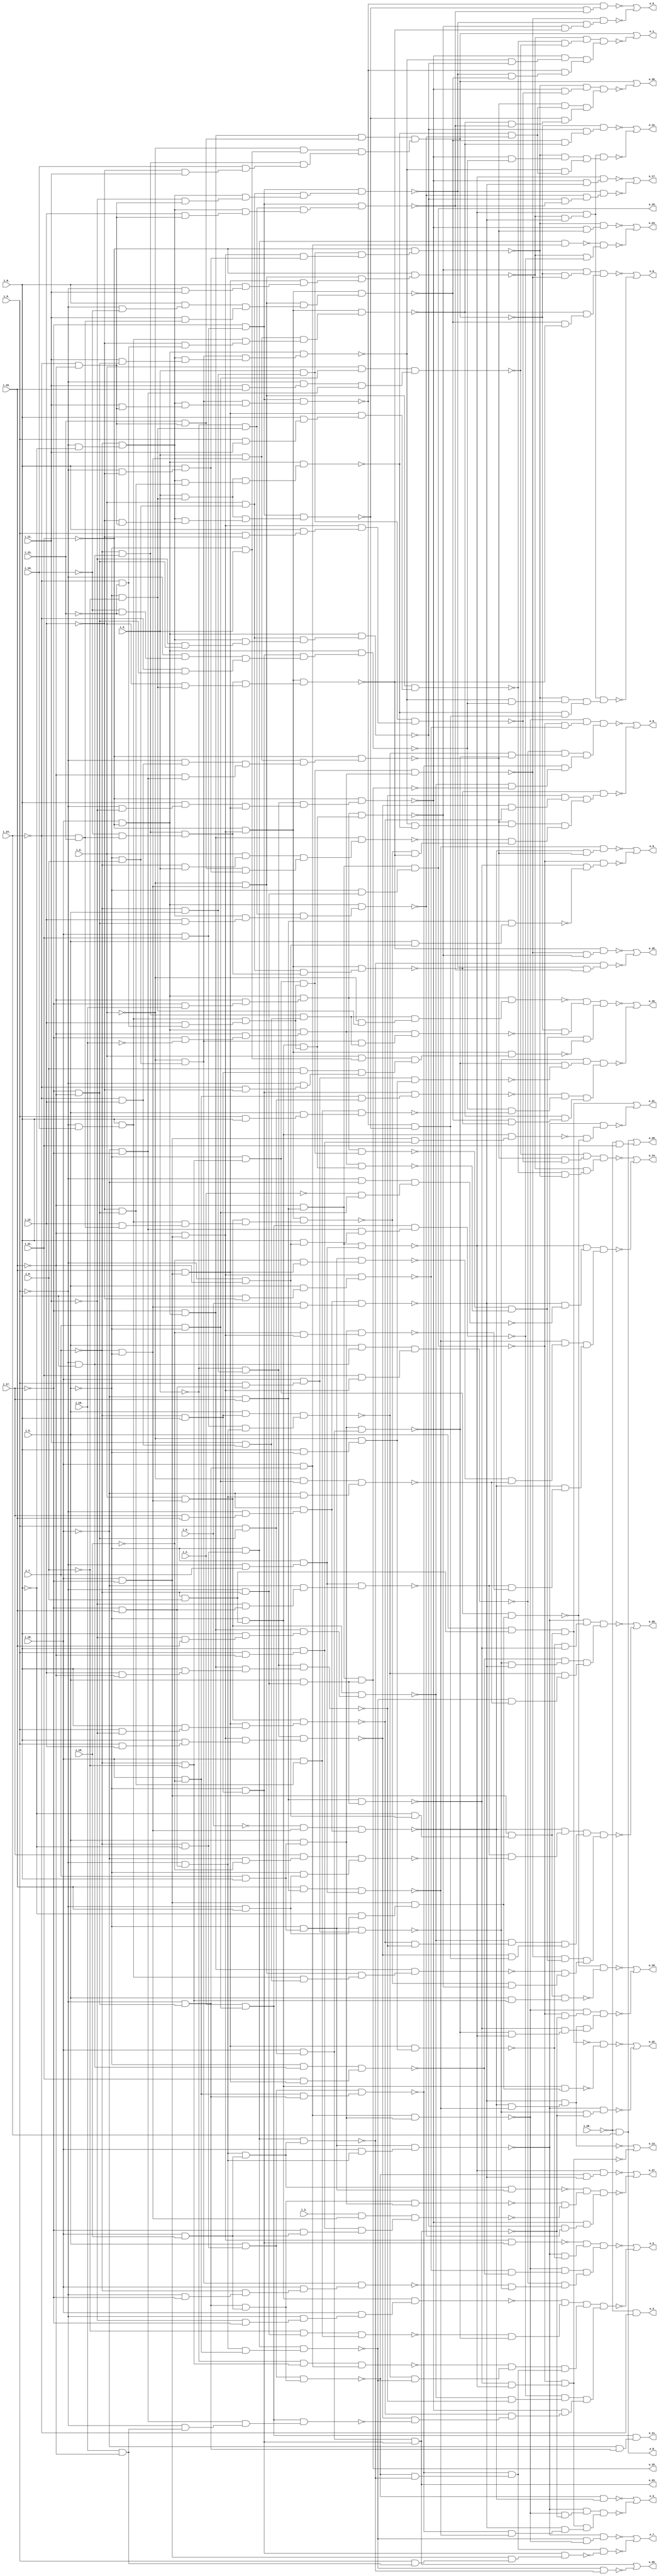
module top ( 
    i_20_, i_9_, i_10_, i_7_, i_8_, i_5_, i_6_, i_14_, i_3_, i_13_, i_4_,
    i_12_, i_1_, i_11_, i_2_, i_18_, i_17_, i_0_, i_21_, i_16_, i_15_,
    i_19_,
    o_1_, o_19_, o_2_, o_0_, o_25_, o_12_, o_26_, o_11_, o_27_, o_14_,
    o_28_, o_13_, o_21_, o_16_, o_22_, o_15_, o_23_, o_18_, o_24_, o_17_,
    o_20_, o_10_, o_9_, o_7_, o_8_, o_5_, o_6_, o_3_, o_4_  );
  input  i_20_, i_9_, i_10_, i_7_, i_8_, i_5_, i_6_, i_14_, i_3_, i_13_,
    i_4_, i_12_, i_1_, i_11_, i_2_, i_18_, i_17_, i_0_, i_21_, i_16_,
    i_15_, i_19_;
  output o_1_, o_19_, o_2_, o_0_, o_25_, o_12_, o_26_, o_11_, o_27_, o_14_,
    o_28_, o_13_, o_21_, o_16_, o_22_, o_15_, o_23_, o_18_, o_24_, o_17_,
    o_20_, o_10_, o_9_, o_7_, o_8_, o_5_, o_6_, o_3_, o_4_;
  wire new_n52_, new_n53_, new_n54_, new_n55_, new_n56_, new_n57_, new_n58_,
    new_n59_, new_n60_, new_n61_, new_n62_, new_n63_, new_n64_, new_n65_,
    new_n66_, new_n67_, new_n68_, new_n69_, new_n70_, new_n71_, new_n72_,
    new_n73_, new_n74_, new_n75_, new_n76_, new_n77_, new_n78_, new_n79_,
    new_n80_, new_n81_, new_n82_, new_n83_, new_n84_, new_n85_, new_n86_,
    new_n87_, new_n88_, new_n89_, new_n90_, new_n91_, new_n92_, new_n93_,
    new_n94_, new_n95_, new_n96_, new_n97_, new_n98_, new_n99_, new_n100_,
    new_n101_, new_n102_, new_n103_, new_n104_, new_n105_, new_n106_,
    new_n107_, new_n108_, new_n109_, new_n110_, new_n111_, new_n112_,
    new_n113_, new_n114_, new_n115_, new_n116_, new_n117_, new_n118_,
    new_n119_, new_n120_, new_n121_, new_n122_, new_n123_, new_n124_,
    new_n125_, new_n126_, new_n127_, new_n128_, new_n129_, new_n130_,
    new_n131_, new_n132_, new_n133_, new_n135_, new_n136_, new_n137_,
    new_n138_, new_n140_, new_n141_, new_n142_, new_n143_, new_n144_,
    new_n145_, new_n146_, new_n147_, new_n148_, new_n149_, new_n150_,
    new_n151_, new_n152_, new_n153_, new_n154_, new_n155_, new_n156_,
    new_n157_, new_n158_, new_n159_, new_n160_, new_n161_, new_n162_,
    new_n163_, new_n164_, new_n165_, new_n166_, new_n167_, new_n168_,
    new_n169_, new_n170_, new_n171_, new_n172_, new_n173_, new_n174_,
    new_n175_, new_n176_, new_n177_, new_n178_, new_n179_, new_n180_,
    new_n181_, new_n182_, new_n183_, new_n184_, new_n185_, new_n186_,
    new_n187_, new_n188_, new_n189_, new_n190_, new_n191_, new_n192_,
    new_n193_, new_n194_, new_n195_, new_n196_, new_n197_, new_n198_,
    new_n199_, new_n200_, new_n201_, new_n202_, new_n203_, new_n204_,
    new_n205_, new_n206_, new_n207_, new_n208_, new_n209_, new_n210_,
    new_n211_, new_n212_, new_n213_, new_n214_, new_n215_, new_n216_,
    new_n217_, new_n218_, new_n219_, new_n220_, new_n221_, new_n222_,
    new_n223_, new_n224_, new_n225_, new_n226_, new_n227_, new_n228_,
    new_n229_, new_n230_, new_n231_, new_n232_, new_n233_, new_n234_,
    new_n235_, new_n236_, new_n237_, new_n238_, new_n239_, new_n240_,
    new_n241_, new_n242_, new_n243_, new_n244_, new_n245_, new_n246_,
    new_n247_, new_n248_, new_n249_, new_n250_, new_n251_, new_n252_,
    new_n254_, new_n255_, new_n256_, new_n257_, new_n258_, new_n259_,
    new_n260_, new_n261_, new_n262_, new_n263_, new_n264_, new_n265_,
    new_n266_, new_n267_, new_n268_, new_n269_, new_n270_, new_n271_,
    new_n272_, new_n273_, new_n274_, new_n275_, new_n276_, new_n277_,
    new_n280_, new_n282_, new_n283_, new_n284_, new_n285_, new_n286_,
    new_n287_, new_n288_, new_n289_, new_n290_, new_n291_, new_n292_,
    new_n293_, new_n294_, new_n295_, new_n296_, new_n297_, new_n298_,
    new_n299_, new_n300_, new_n301_, new_n302_, new_n303_, new_n304_,
    new_n305_, new_n306_, new_n307_, new_n308_, new_n309_, new_n310_,
    new_n311_, new_n312_, new_n313_, new_n314_, new_n315_, new_n316_,
    new_n317_, new_n318_, new_n319_, new_n320_, new_n321_, new_n322_,
    new_n323_, new_n324_, new_n327_, new_n329_, new_n331_, new_n332_,
    new_n333_, new_n334_, new_n335_, new_n336_, new_n337_, new_n338_,
    new_n339_, new_n340_, new_n341_, new_n342_, new_n343_, new_n344_,
    new_n345_, new_n347_, new_n348_, new_n349_, new_n350_, new_n351_,
    new_n352_, new_n353_, new_n354_, new_n355_, new_n356_, new_n357_,
    new_n358_, new_n359_, new_n360_, new_n361_, new_n362_, new_n363_,
    new_n364_, new_n365_, new_n366_, new_n367_, new_n368_, new_n369_,
    new_n370_, new_n371_, new_n372_, new_n373_, new_n374_, new_n375_,
    new_n376_, new_n378_, new_n379_, new_n380_, new_n381_, new_n382_,
    new_n383_, new_n384_, new_n385_, new_n386_, new_n387_, new_n388_,
    new_n389_, new_n390_, new_n391_, new_n392_, new_n393_, new_n394_,
    new_n395_, new_n396_, new_n397_, new_n398_, new_n399_, new_n400_,
    new_n401_, new_n402_, new_n403_, new_n404_, new_n405_, new_n406_,
    new_n407_, new_n408_, new_n409_, new_n410_, new_n411_, new_n412_,
    new_n413_, new_n414_, new_n415_, new_n416_, new_n417_, new_n418_,
    new_n419_, new_n420_, new_n421_, new_n422_, new_n423_, new_n424_,
    new_n425_, new_n426_, new_n427_, new_n428_, new_n429_, new_n430_,
    new_n431_, new_n433_, new_n434_, new_n435_, new_n436_, new_n438_,
    new_n439_, new_n440_, new_n441_, new_n442_, new_n443_, new_n444_,
    new_n445_, new_n446_, new_n447_, new_n448_, new_n450_, new_n451_,
    new_n452_, new_n453_, new_n454_, new_n455_, new_n456_, new_n457_,
    new_n458_, new_n459_, new_n460_, new_n461_, new_n462_, new_n463_,
    new_n464_, new_n465_, new_n466_, new_n467_, new_n468_, new_n469_,
    new_n470_, new_n471_, new_n472_, new_n473_, new_n474_, new_n475_,
    new_n476_, new_n477_, new_n478_, new_n479_, new_n480_, new_n481_,
    new_n482_, new_n483_, new_n484_, new_n486_, new_n487_, new_n488_,
    new_n489_, new_n492_, new_n493_, new_n494_, new_n495_, new_n496_,
    new_n497_, new_n498_, new_n499_, new_n500_, new_n501_, new_n502_,
    new_n504_, new_n505_, new_n506_, new_n507_, new_n508_, new_n510_,
    new_n511_, new_n512_, new_n513_, new_n514_, new_n516_, new_n517_,
    new_n518_, new_n519_, new_n520_, new_n521_, new_n522_, new_n524_,
    new_n525_, new_n526_, new_n527_, new_n528_, new_n529_, new_n530_,
    new_n531_, new_n532_, new_n534_, new_n535_, new_n536_, new_n537_,
    new_n538_, new_n539_, new_n540_, new_n541_, new_n542_, new_n543_,
    new_n544_, new_n545_, new_n546_, new_n547_, new_n548_, new_n549_,
    new_n550_, new_n551_, new_n552_, new_n553_, new_n554_, new_n555_,
    new_n557_, new_n558_, new_n559_, new_n560_, new_n561_, new_n562_,
    new_n564_, new_n565_, new_n566_, new_n567_, new_n568_, new_n570_,
    new_n571_, new_n572_, new_n573_, new_n574_, new_n575_, new_n576_,
    new_n577_, new_n578_, new_n579_, new_n581_, new_n582_, new_n583_,
    new_n584_, new_n585_, new_n586_, new_n587_;
  assign new_n52_ = i_18_ & ~i_21_;
  assign new_n53_ = ~i_17_ & new_n52_;
  assign new_n54_ = ~i_14_ & ~i_15_;
  assign new_n55_ = i_13_ & new_n54_;
  assign new_n56_ = new_n53_ & new_n55_;
  assign new_n57_ = ~i_9_ & i_8_;
  assign new_n58_ = ~i_7_ & new_n57_;
  assign new_n59_ = ~i_12_ & i_11_;
  assign new_n60_ = i_10_ & new_n59_;
  assign new_n61_ = ~i_5_ & i_4_;
  assign new_n62_ = ~i_2_ & new_n61_;
  assign new_n63_ = new_n58_ & new_n60_;
  assign new_n64_ = new_n62_ & new_n63_;
  assign new_n65_ = new_n56_ & new_n64_;
  assign new_n66_ = ~i_9_ & ~i_8_;
  assign new_n67_ = ~i_7_ & new_n66_;
  assign new_n68_ = ~i_17_ & ~i_15_;
  assign new_n69_ = i_11_ & new_n68_;
  assign new_n70_ = ~i_5_ & i_6_;
  assign new_n71_ = ~i_2_ & new_n70_;
  assign new_n72_ = new_n67_ & new_n69_;
  assign new_n73_ = new_n71_ & new_n72_;
  assign new_n74_ = new_n52_ & new_n73_;
  assign new_n75_ = ~i_11_ & new_n68_;
  assign new_n76_ = i_2_ & new_n70_;
  assign new_n77_ = new_n67_ & new_n75_;
  assign new_n78_ = new_n76_ & new_n77_;
  assign new_n79_ = new_n52_ & new_n78_;
  assign new_n80_ = ~i_9_ & ~i_11_;
  assign new_n81_ = i_8_ & new_n80_;
  assign new_n82_ = i_18_ & ~i_17_;
  assign new_n83_ = i_15_ & new_n82_;
  assign new_n84_ = ~i_7_ & i_5_;
  assign new_n85_ = ~i_4_ & new_n84_;
  assign new_n86_ = new_n81_ & new_n83_;
  assign new_n87_ = new_n85_ & new_n86_;
  assign new_n88_ = ~i_21_ & new_n87_;
  assign new_n89_ = ~new_n74_ & ~new_n79_;
  assign new_n90_ = ~new_n88_ & new_n89_;
  assign new_n91_ = i_18_ & i_21_;
  assign new_n92_ = ~i_17_ & new_n91_;
  assign new_n93_ = ~i_11_ & new_n54_;
  assign new_n94_ = new_n67_ & new_n93_;
  assign new_n95_ = new_n76_ & new_n94_;
  assign new_n96_ = new_n92_ & new_n95_;
  assign new_n97_ = ~i_15_ & new_n82_;
  assign new_n98_ = ~i_21_ & new_n97_;
  assign new_n99_ = ~i_9_ & ~i_10_;
  assign new_n100_ = i_8_ & new_n99_;
  assign new_n101_ = ~i_14_ & i_13_;
  assign new_n102_ = i_11_ & new_n101_;
  assign new_n103_ = ~i_7_ & ~i_5_;
  assign new_n104_ = ~i_2_ & new_n103_;
  assign new_n105_ = new_n100_ & new_n102_;
  assign new_n106_ = new_n104_ & new_n105_;
  assign new_n107_ = new_n98_ & new_n106_;
  assign new_n108_ = i_11_ & new_n54_;
  assign new_n109_ = new_n67_ & new_n108_;
  assign new_n110_ = new_n71_ & new_n109_;
  assign new_n111_ = new_n92_ & new_n110_;
  assign new_n112_ = ~new_n96_ & ~new_n107_;
  assign new_n113_ = ~new_n111_ & new_n112_;
  assign new_n114_ = i_9_ & i_11_;
  assign new_n115_ = i_8_ & new_n114_;
  assign new_n116_ = new_n83_ & new_n115_;
  assign new_n117_ = new_n104_ & new_n116_;
  assign new_n118_ = i_11_ & i_15_;
  assign new_n119_ = ~i_9_ & new_n118_;
  assign new_n120_ = ~i_18_ & ~i_17_;
  assign new_n121_ = i_7_ & ~i_5_;
  assign new_n122_ = i_2_ & new_n121_;
  assign new_n123_ = new_n119_ & new_n120_;
  assign new_n124_ = new_n122_ & new_n123_;
  assign new_n125_ = ~i_9_ & i_11_;
  assign new_n126_ = i_8_ & new_n125_;
  assign new_n127_ = new_n83_ & new_n126_;
  assign new_n128_ = new_n104_ & new_n127_;
  assign new_n129_ = ~i_21_ & new_n128_;
  assign new_n130_ = ~new_n117_ & ~new_n124_;
  assign new_n131_ = ~new_n129_ & new_n130_;
  assign new_n132_ = new_n90_ & new_n113_;
  assign new_n133_ = new_n131_ & new_n132_;
  assign o_1_ = new_n65_ | ~new_n133_;
  assign new_n135_ = ~i_18_ & i_17_;
  assign new_n136_ = ~i_15_ & new_n135_;
  assign new_n137_ = ~i_9_ & ~i_7_;
  assign new_n138_ = ~i_5_ & new_n137_;
  assign o_19_ = new_n136_ & new_n138_;
  assign new_n140_ = ~i_17_ & i_15_;
  assign new_n141_ = ~i_9_ & new_n140_;
  assign new_n142_ = ~i_7_ & i_8_;
  assign new_n143_ = i_5_ & new_n142_;
  assign new_n144_ = new_n91_ & new_n141_;
  assign new_n145_ = new_n143_ & new_n144_;
  assign new_n146_ = i_18_ & ~i_19_;
  assign new_n147_ = ~i_7_ & ~i_8_;
  assign new_n148_ = ~i_5_ & new_n147_;
  assign new_n149_ = new_n141_ & new_n146_;
  assign new_n150_ = new_n148_ & new_n149_;
  assign new_n151_ = ~i_9_ & new_n68_;
  assign new_n152_ = ~i_7_ & ~i_6_;
  assign new_n153_ = ~i_4_ & new_n152_;
  assign new_n154_ = i_18_ & new_n151_;
  assign new_n155_ = new_n153_ & new_n154_;
  assign new_n156_ = ~new_n145_ & ~new_n150_;
  assign new_n157_ = ~new_n155_ & new_n156_;
  assign new_n158_ = i_18_ & i_19_;
  assign new_n159_ = i_5_ & new_n147_;
  assign new_n160_ = new_n151_ & new_n158_;
  assign new_n161_ = new_n159_ & new_n160_;
  assign new_n162_ = new_n141_ & new_n158_;
  assign new_n163_ = new_n148_ & new_n162_;
  assign new_n164_ = new_n146_ & new_n151_;
  assign new_n165_ = new_n159_ & new_n164_;
  assign new_n166_ = ~new_n161_ & ~new_n163_;
  assign new_n167_ = ~new_n165_ & new_n166_;
  assign new_n168_ = ~i_12_ & new_n68_;
  assign new_n169_ = ~i_6_ & new_n137_;
  assign new_n170_ = i_18_ & new_n168_;
  assign new_n171_ = new_n169_ & new_n170_;
  assign new_n172_ = i_9_ & new_n68_;
  assign new_n173_ = i_7_ & i_8_;
  assign new_n174_ = i_5_ & new_n173_;
  assign new_n175_ = i_18_ & new_n172_;
  assign new_n176_ = new_n174_ & new_n175_;
  assign new_n177_ = ~i_11_ & ~i_17_;
  assign new_n178_ = ~i_9_ & new_n177_;
  assign new_n179_ = ~i_7_ & i_6_;
  assign new_n180_ = ~i_5_ & new_n179_;
  assign new_n181_ = i_18_ & new_n178_;
  assign new_n182_ = new_n180_ & new_n181_;
  assign new_n183_ = ~new_n171_ & ~new_n176_;
  assign new_n184_ = ~new_n182_ & new_n183_;
  assign new_n185_ = new_n157_ & new_n167_;
  assign new_n186_ = new_n184_ & new_n185_;
  assign new_n187_ = i_9_ & i_12_;
  assign new_n188_ = i_8_ & new_n187_;
  assign new_n189_ = new_n97_ & new_n188_;
  assign new_n190_ = new_n85_ & new_n189_;
  assign new_n191_ = i_16_ & ~i_15_;
  assign new_n192_ = ~i_9_ & new_n191_;
  assign new_n193_ = i_1_ & new_n121_;
  assign new_n194_ = new_n120_ & new_n192_;
  assign new_n195_ = new_n193_ & new_n194_;
  assign new_n196_ = i_9_ & ~i_11_;
  assign new_n197_ = i_8_ & new_n196_;
  assign new_n198_ = i_2_ & new_n103_;
  assign new_n199_ = new_n83_ & new_n197_;
  assign new_n200_ = new_n198_ & new_n199_;
  assign new_n201_ = ~new_n190_ & ~new_n195_;
  assign new_n202_ = ~new_n200_ & new_n201_;
  assign new_n203_ = ~i_11_ & i_15_;
  assign new_n204_ = i_8_ & new_n203_;
  assign new_n205_ = new_n53_ & new_n204_;
  assign new_n206_ = new_n198_ & new_n205_;
  assign new_n207_ = i_12_ & ~i_15_;
  assign new_n208_ = i_8_ & new_n207_;
  assign new_n209_ = new_n53_ & new_n208_;
  assign new_n210_ = new_n85_ & new_n209_;
  assign new_n211_ = ~i_9_ & ~i_15_;
  assign new_n212_ = i_8_ & new_n211_;
  assign new_n213_ = new_n120_ & new_n212_;
  assign new_n214_ = new_n193_ & new_n213_;
  assign new_n215_ = ~new_n206_ & ~new_n210_;
  assign new_n216_ = ~new_n214_ & new_n215_;
  assign new_n217_ = ~new_n88_ & new_n202_;
  assign new_n218_ = new_n216_ & new_n217_;
  assign new_n219_ = i_8_ & ~i_12_;
  assign new_n220_ = i_5_ & new_n219_;
  assign new_n221_ = new_n97_ & new_n220_;
  assign new_n222_ = ~i_5_ & new_n57_;
  assign new_n223_ = i_21_ & new_n83_;
  assign new_n224_ = new_n222_ & new_n223_;
  assign new_n225_ = new_n154_ & new_n174_;
  assign new_n226_ = ~new_n221_ & ~new_n224_;
  assign new_n227_ = ~new_n225_ & new_n226_;
  assign new_n228_ = ~i_9_ & ~i_17_;
  assign new_n229_ = ~i_7_ & new_n228_;
  assign new_n230_ = i_18_ & new_n229_;
  assign new_n231_ = new_n71_ & new_n230_;
  assign new_n232_ = i_9_ & new_n140_;
  assign new_n233_ = ~i_5_ & new_n173_;
  assign new_n234_ = i_18_ & new_n232_;
  assign new_n235_ = new_n233_ & new_n234_;
  assign new_n236_ = i_5_ & new_n57_;
  assign new_n237_ = i_21_ & new_n97_;
  assign new_n238_ = new_n236_ & new_n237_;
  assign new_n239_ = ~new_n231_ & ~new_n235_;
  assign new_n240_ = ~new_n238_ & new_n239_;
  assign new_n241_ = i_18_ & new_n141_;
  assign new_n242_ = new_n233_ & new_n241_;
  assign new_n243_ = i_8_ & ~i_5_;
  assign new_n244_ = ~i_2_ & new_n243_;
  assign new_n245_ = new_n83_ & new_n244_;
  assign new_n246_ = ~i_5_ & new_n142_;
  assign new_n247_ = new_n97_ & new_n246_;
  assign new_n248_ = ~new_n242_ & ~new_n245_;
  assign new_n249_ = ~new_n247_ & new_n248_;
  assign new_n250_ = new_n227_ & new_n240_;
  assign new_n251_ = new_n249_ & new_n250_;
  assign new_n252_ = new_n186_ & new_n218_;
  assign o_2_ = ~new_n251_ | ~new_n252_;
  assign new_n254_ = i_17_ & i_15_;
  assign new_n255_ = ~i_9_ & new_n254_;
  assign new_n256_ = ~i_0_ & new_n103_;
  assign new_n257_ = ~i_18_ & new_n255_;
  assign new_n258_ = new_n256_ & new_n257_;
  assign new_n259_ = ~i_14_ & i_12_;
  assign new_n260_ = ~i_9_ & new_n259_;
  assign new_n261_ = ~i_15_ & new_n120_;
  assign new_n262_ = i_4_ & new_n103_;
  assign new_n263_ = new_n260_ & new_n261_;
  assign new_n264_ = new_n262_ & new_n263_;
  assign new_n265_ = ~i_21_ & new_n264_;
  assign new_n266_ = i_15_ & new_n135_;
  assign new_n267_ = ~i_9_ & i_7_;
  assign new_n268_ = ~i_5_ & new_n267_;
  assign new_n269_ = new_n266_ & new_n268_;
  assign new_n270_ = ~new_n258_ & ~new_n265_;
  assign new_n271_ = ~new_n269_ & new_n270_;
  assign new_n272_ = i_5_ & new_n137_;
  assign new_n273_ = new_n135_ & new_n272_;
  assign new_n274_ = i_5_ & new_n211_;
  assign new_n275_ = new_n135_ & new_n274_;
  assign new_n276_ = ~new_n273_ & ~new_n275_;
  assign new_n277_ = ~o_19_ & new_n276_;
  assign o_0_ = ~new_n271_ | ~new_n277_;
  assign o_23_ = new_n175_ & new_n246_;
  assign new_n280_ = ~new_n150_ & ~new_n163_;
  assign o_25_ = o_23_ | ~new_n280_;
  assign new_n282_ = ~i_9_ & i_10_;
  assign new_n283_ = i_8_ & new_n282_;
  assign new_n284_ = ~i_14_ & ~i_13_;
  assign new_n285_ = ~i_12_ & new_n284_;
  assign new_n286_ = new_n283_ & new_n285_;
  assign new_n287_ = new_n262_ & new_n286_;
  assign new_n288_ = new_n98_ & new_n287_;
  assign new_n289_ = ~new_n107_ & ~new_n288_;
  assign new_n290_ = ~new_n79_ & new_n289_;
  assign new_n291_ = ~new_n65_ & new_n290_;
  assign new_n292_ = ~i_10_ & ~i_13_;
  assign new_n293_ = ~i_9_ & new_n292_;
  assign new_n294_ = ~i_14_ & new_n68_;
  assign new_n295_ = new_n293_ & new_n294_;
  assign new_n296_ = new_n246_ & new_n295_;
  assign new_n297_ = new_n52_ & new_n296_;
  assign new_n298_ = ~i_9_ & ~i_12_;
  assign new_n299_ = i_8_ & new_n298_;
  assign new_n300_ = i_4_ & new_n84_;
  assign new_n301_ = new_n97_ & new_n299_;
  assign new_n302_ = new_n300_ & new_n301_;
  assign new_n303_ = ~i_21_ & new_n302_;
  assign new_n304_ = ~new_n88_ & ~new_n297_;
  assign new_n305_ = ~new_n303_ & new_n304_;
  assign new_n306_ = ~i_5_ & ~i_6_;
  assign new_n307_ = i_4_ & new_n306_;
  assign new_n308_ = new_n67_ & new_n168_;
  assign new_n309_ = new_n307_ & new_n308_;
  assign new_n310_ = new_n52_ & new_n309_;
  assign new_n311_ = i_12_ & new_n68_;
  assign new_n312_ = ~i_4_ & new_n306_;
  assign new_n313_ = new_n67_ & new_n311_;
  assign new_n314_ = new_n312_ & new_n313_;
  assign new_n315_ = new_n52_ & new_n314_;
  assign new_n316_ = ~new_n310_ & ~new_n315_;
  assign new_n317_ = ~new_n74_ & new_n316_;
  assign new_n318_ = i_0_ & new_n103_;
  assign new_n319_ = new_n257_ & new_n318_;
  assign new_n320_ = new_n136_ & new_n268_;
  assign new_n321_ = ~new_n129_ & ~new_n319_;
  assign new_n322_ = ~new_n320_ & new_n321_;
  assign new_n323_ = new_n305_ & new_n317_;
  assign new_n324_ = new_n322_ & new_n323_;
  assign o_12_ = ~new_n291_ | ~new_n324_;
  assign o_8_ = ~i_20_ & i_14_;
  assign new_n327_ = ~i_20_ & i_21_;
  assign o_26_ = o_8_ | new_n327_;
  assign new_n329_ = ~i_18_ & new_n151_;
  assign o_11_ = new_n193_ & new_n329_;
  assign new_n331_ = new_n160_ & new_n174_;
  assign new_n332_ = i_9_ & ~i_15_;
  assign new_n333_ = i_8_ & new_n332_;
  assign new_n334_ = ~i_17_ & new_n158_;
  assign new_n335_ = i_3_ & new_n103_;
  assign new_n336_ = new_n333_ & new_n334_;
  assign new_n337_ = new_n335_ & new_n336_;
  assign new_n338_ = new_n162_ & new_n233_;
  assign new_n339_ = ~new_n331_ & ~new_n337_;
  assign new_n340_ = ~new_n338_ & new_n339_;
  assign new_n341_ = ~new_n79_ & ~new_n315_;
  assign new_n342_ = ~new_n88_ & new_n341_;
  assign new_n343_ = ~new_n161_ & ~new_n319_;
  assign new_n344_ = ~new_n320_ & new_n343_;
  assign new_n345_ = new_n340_ & new_n342_;
  assign o_27_ = ~new_n344_ | ~new_n345_;
  assign new_n347_ = i_9_ & ~i_12_;
  assign new_n348_ = i_8_ & new_n347_;
  assign new_n349_ = new_n97_ & new_n348_;
  assign new_n350_ = new_n300_ & new_n349_;
  assign new_n351_ = ~new_n265_ & ~new_n350_;
  assign new_n352_ = ~new_n124_ & new_n351_;
  assign new_n353_ = ~new_n117_ & ~new_n303_;
  assign new_n354_ = ~new_n129_ & new_n353_;
  assign new_n355_ = new_n352_ & new_n354_;
  assign new_n356_ = ~i_19_ & new_n83_;
  assign new_n357_ = new_n233_ & new_n356_;
  assign new_n358_ = ~i_2_ & new_n121_;
  assign new_n359_ = ~i_18_ & new_n141_;
  assign new_n360_ = new_n358_ & new_n359_;
  assign new_n361_ = ~new_n357_ & ~new_n360_;
  assign new_n362_ = ~new_n269_ & new_n361_;
  assign new_n363_ = ~i_11_ & new_n140_;
  assign new_n364_ = ~i_18_ & new_n363_;
  assign new_n365_ = new_n268_ & new_n364_;
  assign new_n366_ = ~i_19_ & new_n97_;
  assign new_n367_ = new_n174_ & new_n366_;
  assign new_n368_ = ~new_n365_ & ~new_n367_;
  assign new_n369_ = ~new_n258_ & new_n368_;
  assign new_n370_ = ~i_9_ & ~i_18_;
  assign new_n371_ = ~i_1_ & new_n121_;
  assign new_n372_ = new_n370_ & new_n371_;
  assign new_n373_ = ~new_n319_ & ~new_n372_;
  assign new_n374_ = ~new_n320_ & new_n373_;
  assign new_n375_ = new_n362_ & new_n369_;
  assign new_n376_ = new_n374_ & new_n375_;
  assign o_14_ = ~new_n355_ | ~new_n376_;
  assign new_n378_ = ~new_n200_ & ~new_n210_;
  assign new_n379_ = ~new_n206_ & new_n378_;
  assign new_n380_ = ~i_12_ & new_n54_;
  assign new_n381_ = new_n67_ & new_n380_;
  assign new_n382_ = new_n307_ & new_n381_;
  assign new_n383_ = new_n92_ & new_n382_;
  assign new_n384_ = ~new_n111_ & ~new_n383_;
  assign new_n385_ = ~new_n190_ & new_n384_;
  assign new_n386_ = ~i_18_ & ~i_19_;
  assign new_n387_ = i_17_ & new_n386_;
  assign new_n388_ = ~i_9_ & i_15_;
  assign new_n389_ = ~i_5_ & new_n388_;
  assign new_n390_ = new_n387_ & new_n389_;
  assign new_n391_ = ~new_n365_ & ~new_n390_;
  assign new_n392_ = ~new_n258_ & new_n391_;
  assign new_n393_ = new_n379_ & new_n385_;
  assign new_n394_ = new_n392_ & new_n393_;
  assign new_n395_ = ~i_17_ & i_16_;
  assign new_n396_ = ~i_15_ & new_n395_;
  assign new_n397_ = new_n52_ & new_n396_;
  assign new_n398_ = i_12_ & new_n284_;
  assign new_n399_ = ~i_5_ & new_n152_;
  assign new_n400_ = new_n283_ & new_n398_;
  assign new_n401_ = new_n399_ & new_n400_;
  assign new_n402_ = new_n397_ & new_n401_;
  assign new_n403_ = ~i_17_ & ~i_16_;
  assign new_n404_ = ~i_15_ & new_n403_;
  assign new_n405_ = new_n52_ & new_n404_;
  assign new_n406_ = new_n180_ & new_n400_;
  assign new_n407_ = new_n405_ & new_n406_;
  assign new_n408_ = new_n401_ & new_n405_;
  assign new_n409_ = ~new_n402_ & ~new_n407_;
  assign new_n410_ = ~new_n408_ & new_n409_;
  assign new_n411_ = i_12_ & new_n101_;
  assign new_n412_ = new_n283_ & new_n411_;
  assign new_n413_ = new_n198_ & new_n412_;
  assign new_n414_ = new_n98_ & new_n413_;
  assign new_n415_ = new_n397_ & new_n406_;
  assign new_n416_ = i_11_ & new_n259_;
  assign new_n417_ = new_n283_ & new_n416_;
  assign new_n418_ = new_n104_ & new_n417_;
  assign new_n419_ = new_n53_ & new_n418_;
  assign new_n420_ = ~new_n414_ & ~new_n415_;
  assign new_n421_ = ~new_n419_ & new_n420_;
  assign new_n422_ = new_n410_ & new_n421_;
  assign new_n423_ = ~new_n235_ & ~new_n319_;
  assign new_n424_ = ~new_n224_ & new_n423_;
  assign new_n425_ = ~new_n150_ & ~new_n360_;
  assign new_n426_ = ~new_n145_ & new_n425_;
  assign new_n427_ = ~new_n245_ & ~new_n273_;
  assign new_n428_ = ~new_n242_ & new_n427_;
  assign new_n429_ = new_n424_ & new_n426_;
  assign new_n430_ = new_n428_ & new_n429_;
  assign new_n431_ = new_n394_ & new_n422_;
  assign o_28_ = ~new_n430_ | ~new_n431_;
  assign new_n433_ = ~new_n258_ & ~new_n269_;
  assign new_n434_ = ~new_n319_ & new_n433_;
  assign new_n435_ = ~new_n273_ & ~new_n320_;
  assign new_n436_ = ~o_19_ & new_n435_;
  assign o_13_ = ~new_n434_ | ~new_n436_;
  assign new_n438_ = ~i_8_ & new_n211_;
  assign new_n439_ = i_5_ & new_n179_;
  assign new_n440_ = new_n82_ & new_n438_;
  assign new_n441_ = new_n439_ & new_n440_;
  assign new_n442_ = new_n82_ & new_n333_;
  assign new_n443_ = new_n180_ & new_n442_;
  assign new_n444_ = ~i_8_ & new_n388_;
  assign new_n445_ = new_n82_ & new_n444_;
  assign new_n446_ = new_n399_ & new_n445_;
  assign new_n447_ = ~new_n443_ & ~new_n446_;
  assign new_n448_ = ~new_n242_ & new_n447_;
  assign o_21_ = new_n441_ | ~new_n448_;
  assign new_n450_ = new_n58_ & new_n416_;
  assign new_n451_ = new_n71_ & new_n450_;
  assign new_n452_ = new_n405_ & new_n451_;
  assign new_n453_ = ~i_2_ & new_n306_;
  assign new_n454_ = new_n450_ & new_n453_;
  assign new_n455_ = new_n397_ & new_n454_;
  assign new_n456_ = ~new_n65_ & ~new_n452_;
  assign new_n457_ = ~new_n455_ & new_n456_;
  assign new_n458_ = i_6_ & new_n142_;
  assign new_n459_ = ~i_14_ & ~i_12_;
  assign new_n460_ = ~i_9_ & new_n459_;
  assign new_n461_ = i_2_ & new_n61_;
  assign new_n462_ = new_n458_ & new_n460_;
  assign new_n463_ = new_n461_ & new_n462_;
  assign new_n464_ = new_n98_ & new_n463_;
  assign new_n465_ = new_n409_ & ~new_n464_;
  assign new_n466_ = new_n457_ & new_n465_;
  assign new_n467_ = i_9_ & i_8_;
  assign new_n468_ = i_5_ & new_n467_;
  assign new_n469_ = new_n170_ & new_n468_;
  assign new_n470_ = new_n146_ & new_n172_;
  assign new_n471_ = new_n246_ & new_n470_;
  assign new_n472_ = ~new_n297_ & ~new_n469_;
  assign new_n473_ = ~new_n471_ & new_n472_;
  assign new_n474_ = ~i_10_ & new_n101_;
  assign new_n475_ = new_n58_ & new_n474_;
  assign new_n476_ = new_n76_ & new_n475_;
  assign new_n477_ = new_n98_ & new_n476_;
  assign new_n478_ = ~new_n107_ & ~new_n477_;
  assign new_n479_ = ~new_n288_ & new_n478_;
  assign new_n480_ = new_n234_ & new_n244_;
  assign new_n481_ = ~new_n176_ & ~new_n480_;
  assign new_n482_ = ~new_n235_ & new_n481_;
  assign new_n483_ = new_n473_ & new_n479_;
  assign new_n484_ = new_n482_ & new_n483_;
  assign o_16_ = ~new_n466_ | ~new_n484_;
  assign new_n486_ = new_n180_ & new_n445_;
  assign new_n487_ = ~new_n441_ & ~new_n486_;
  assign new_n488_ = ~new_n235_ & ~o_23_;
  assign new_n489_ = ~new_n242_ & new_n488_;
  assign o_22_ = ~new_n487_ | ~new_n489_;
  assign o_15_ = new_n136_ & new_n272_;
  assign new_n492_ = i_2_ & new_n306_;
  assign new_n493_ = new_n475_ & new_n492_;
  assign new_n494_ = new_n98_ & new_n493_;
  assign new_n495_ = ~new_n408_ & ~new_n415_;
  assign new_n496_ = ~new_n494_ & new_n495_;
  assign new_n497_ = i_12_ & new_n54_;
  assign new_n498_ = new_n67_ & new_n497_;
  assign new_n499_ = new_n312_ & new_n498_;
  assign new_n500_ = new_n92_ & new_n499_;
  assign new_n501_ = ~new_n96_ & ~new_n500_;
  assign new_n502_ = ~new_n163_ & new_n501_;
  assign o_18_ = ~new_n496_ | ~new_n502_;
  assign new_n504_ = ~new_n88_ & ~new_n265_;
  assign new_n505_ = ~new_n303_ & new_n504_;
  assign new_n506_ = new_n148_ & new_n154_;
  assign new_n507_ = ~new_n129_ & ~new_n214_;
  assign new_n508_ = ~new_n506_ & new_n507_;
  assign o_24_ = ~new_n505_ | ~new_n508_;
  assign new_n510_ = ~new_n79_ & ~new_n500_;
  assign new_n511_ = ~new_n315_ & new_n510_;
  assign new_n512_ = ~new_n88_ & ~new_n319_;
  assign new_n513_ = ~new_n320_ & new_n512_;
  assign new_n514_ = ~new_n96_ & new_n511_;
  assign o_17_ = ~new_n513_ | ~new_n514_;
  assign new_n516_ = ~new_n265_ & new_n316_;
  assign new_n517_ = ~new_n288_ & ~new_n500_;
  assign new_n518_ = ~new_n383_ & new_n517_;
  assign new_n519_ = ~new_n88_ & ~new_n350_;
  assign new_n520_ = ~new_n303_ & new_n519_;
  assign new_n521_ = new_n516_ & new_n518_;
  assign new_n522_ = new_n520_ & new_n521_;
  assign o_20_ = new_n65_ | ~new_n522_;
  assign new_n524_ = i_5_ & new_n152_;
  assign new_n525_ = new_n440_ & new_n524_;
  assign new_n526_ = ~new_n446_ & ~new_n525_;
  assign new_n527_ = ~new_n176_ & ~new_n320_;
  assign new_n528_ = ~new_n273_ & new_n527_;
  assign new_n529_ = ~o_19_ & ~o_23_;
  assign new_n530_ = ~new_n225_ & new_n529_;
  assign new_n531_ = new_n434_ & new_n528_;
  assign new_n532_ = new_n530_ & new_n531_;
  assign o_10_ = ~new_n526_ | ~new_n532_;
  assign new_n534_ = ~new_n74_ & ~new_n310_;
  assign new_n535_ = ~new_n265_ & new_n534_;
  assign new_n536_ = ~i_7_ & i_4_;
  assign new_n537_ = i_2_ & new_n536_;
  assign new_n538_ = new_n55_ & new_n299_;
  assign new_n539_ = new_n537_ & new_n538_;
  assign new_n540_ = new_n53_ & new_n539_;
  assign new_n541_ = ~new_n414_ & ~new_n494_;
  assign new_n542_ = ~new_n540_ & new_n541_;
  assign new_n543_ = ~new_n190_ & ~new_n200_;
  assign new_n544_ = ~new_n210_ & new_n543_;
  assign new_n545_ = new_n535_ & new_n542_;
  assign new_n546_ = new_n544_ & new_n545_;
  assign new_n547_ = ~new_n145_ & ~new_n176_;
  assign new_n548_ = ~new_n238_ & new_n547_;
  assign new_n549_ = ~new_n206_ & ~o_15_;
  assign new_n550_ = ~new_n165_ & new_n549_;
  assign new_n551_ = ~o_19_ & ~new_n221_;
  assign new_n552_ = ~new_n225_ & new_n551_;
  assign new_n553_ = new_n548_ & new_n550_;
  assign new_n554_ = new_n552_ & new_n553_;
  assign new_n555_ = ~new_n477_ & new_n546_;
  assign o_9_ = ~new_n554_ | ~new_n555_;
  assign new_n557_ = i_9_ & new_n191_;
  assign new_n558_ = new_n82_ & new_n557_;
  assign new_n559_ = new_n246_ & new_n558_;
  assign new_n560_ = ~new_n150_ & ~new_n225_;
  assign new_n561_ = ~new_n242_ & new_n560_;
  assign new_n562_ = new_n167_ & ~new_n559_;
  assign o_7_ = ~new_n561_ | ~new_n562_;
  assign new_n564_ = ~new_n415_ & ~new_n494_;
  assign new_n565_ = ~new_n96_ & new_n564_;
  assign new_n566_ = ~new_n383_ & ~new_n500_;
  assign new_n567_ = ~new_n111_ & new_n566_;
  assign new_n568_ = ~new_n408_ & new_n565_;
  assign o_5_ = ~new_n567_ | ~new_n568_;
  assign new_n570_ = ~new_n65_ & ~new_n408_;
  assign new_n571_ = ~new_n415_ & new_n570_;
  assign new_n572_ = ~new_n107_ & ~new_n494_;
  assign new_n573_ = ~new_n288_ & new_n572_;
  assign new_n574_ = new_n571_ & new_n573_;
  assign new_n575_ = ~new_n74_ & ~new_n297_;
  assign new_n576_ = ~new_n303_ & new_n575_;
  assign new_n577_ = ~new_n310_ & new_n384_;
  assign new_n578_ = new_n576_ & new_n577_;
  assign new_n579_ = new_n322_ & new_n578_;
  assign o_6_ = ~new_n574_ | ~new_n579_;
  assign new_n581_ = ~new_n161_ & ~new_n258_;
  assign new_n582_ = ~new_n165_ & ~new_n269_;
  assign new_n583_ = ~new_n319_ & new_n582_;
  assign new_n584_ = ~new_n225_ & ~o_23_;
  assign new_n585_ = ~new_n242_ & new_n584_;
  assign new_n586_ = new_n436_ & new_n583_;
  assign new_n587_ = new_n585_ & new_n586_;
  assign o_3_ = ~new_n581_ | ~new_n587_;
  assign o_4_ = ~i_20_ & ~i_14_;
endmodule